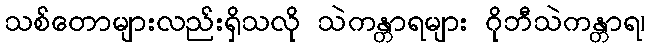
သစ်တောများလည်းရှိသလို သဲကန္တာရများ ဂိုဘီသဲကန္တာရ၊